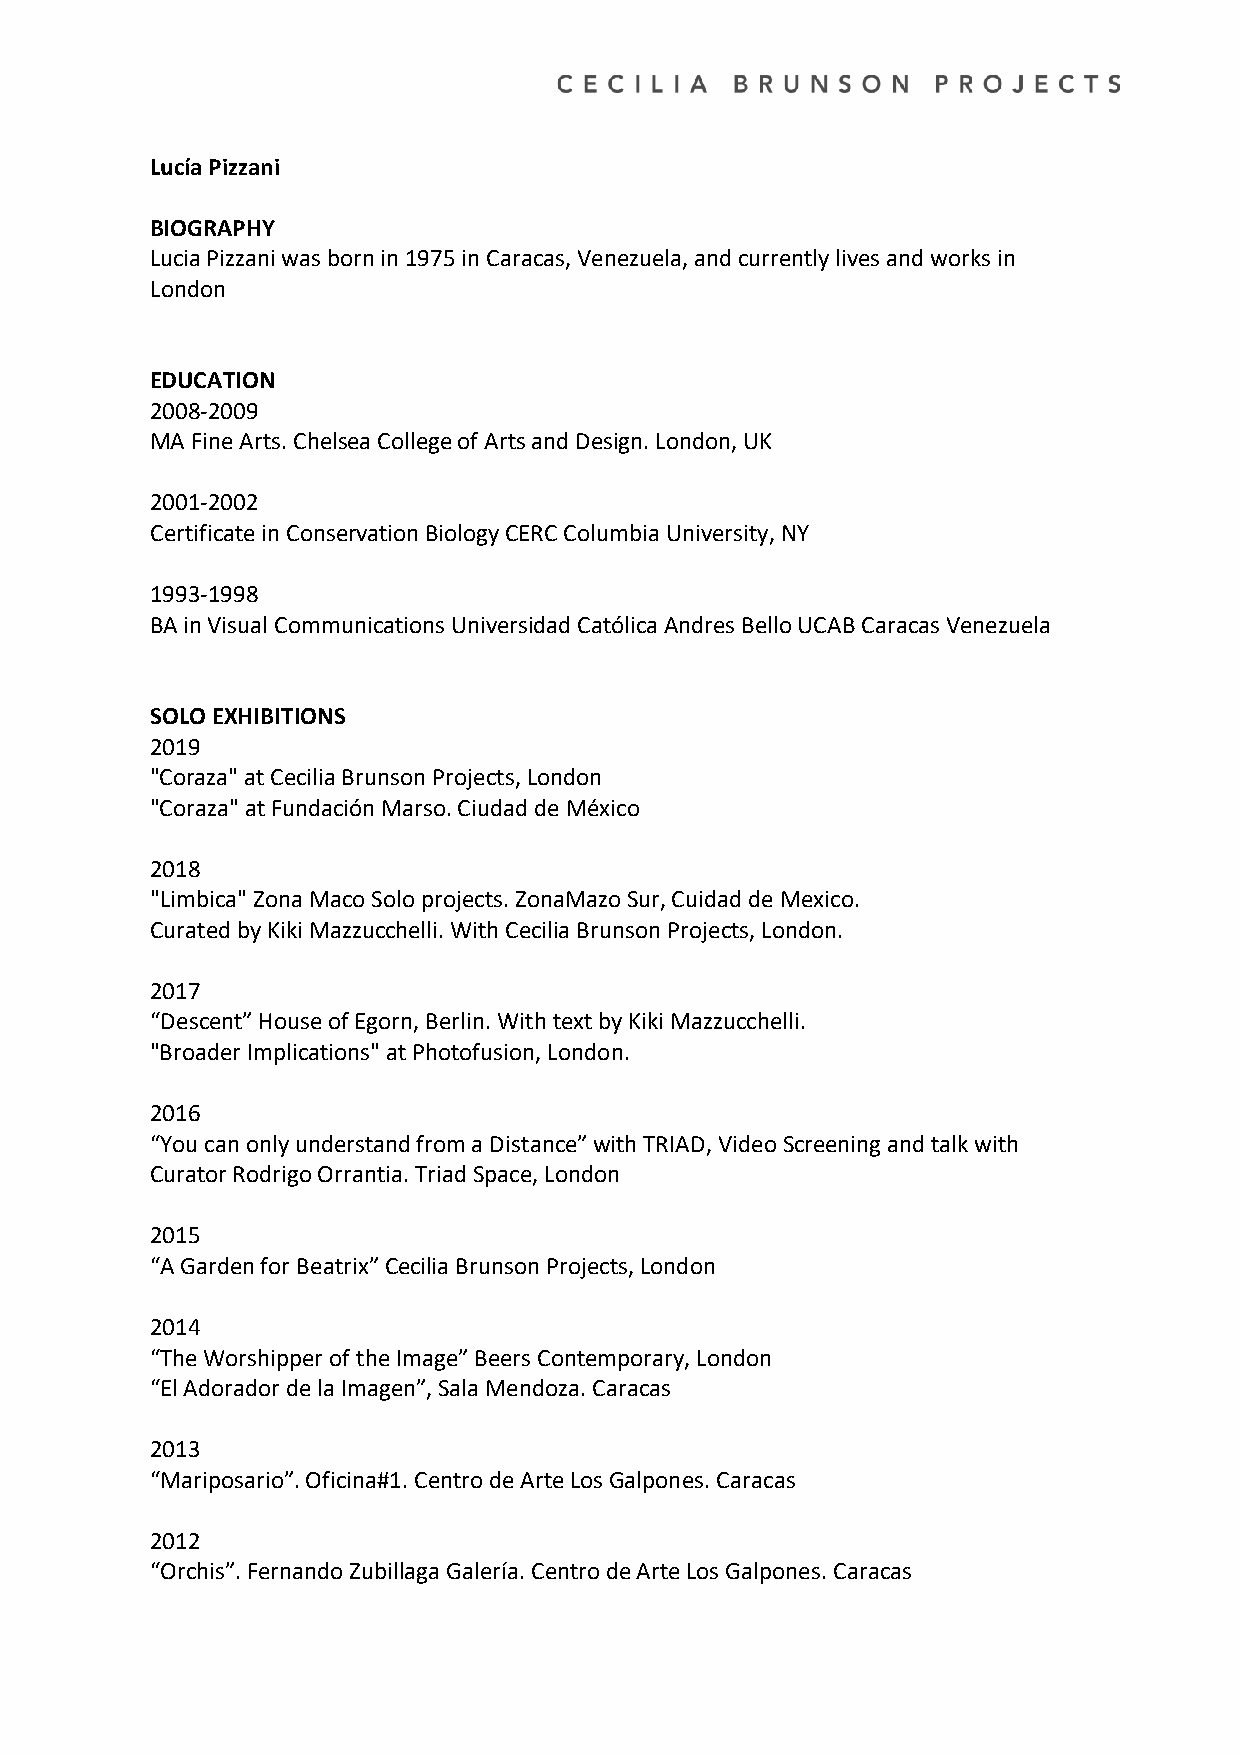
Lucía Pizzani
 BIOGRAPHY
 Lucia Pizzani was born in 1975 in Caracas, Venezuela, and currently lives and works in
 London
 EDUCATION
 2008-2009
 MA Fine Arts. Chelsea College of Arts and Design. London, UK
 2001-2002
 Certificate in Conservation Biology CERC Columbia University, NY
 1993-1998
 BA in Visual Communications Universidad Católica Andres Bello UCAB Caracas Venezuela
 SOLO EXHIBITIONS
 2019
 "Coraza" at Cecilia Brunson Projects, London
 "Coraza" at Fundación Marso. Ciudad de México
 2018
 "Limbica" Zona Maco Solo projects. ZonaMazo Sur, Cuidad de Mexico.
 Curated by Kiki Mazzucchelli. With Cecilia Brunson Projects, London.
 2017
 “Descent” House of Egorn, Berlin. With text by Kiki Mazzucchelli.
 "Broader Implications" at Photofusion, London.
 2016
 “You can only understand from a Distance” with TRIAD, Video Screening and talk with
 Curator Rodrigo Orrantia. Triad Space, London
 2015
 “A Garden for Beatrix” Cecilia Brunson Projects, London
 2014
 “The Worshipper of the Image” Beers Contemporary, London
 “El Adorador de la Imagen”, Sala Mendoza. Caracas
 2013
 “Mariposario”. Oficina#1. Centro de Arte Los Galpones. Caracas
 2012
 “Orchis”. Fernando Zubillaga Galería. Centro de Arte Los Galpones. Caracas